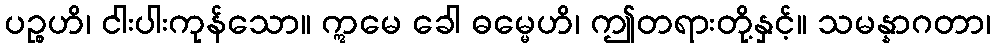
ပဉ္စဟိ၊ ငါးပါးကုန်သော။ ဣမေ ခေါ ဓမ္မေဟိ၊ ဤတရားတို့နှင့်။ သမန္နာဂတာ၊